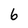
Character: 6